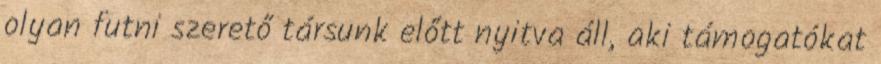
olyan futni szerető társunk előtt nyitva áll, aki támogatókat